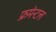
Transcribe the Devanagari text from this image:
फ्रमेन्टल